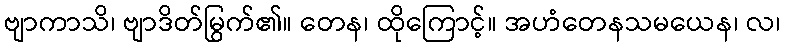
ဗျာကာသိ၊ ဗျာဒိတ်မြွက်၏။ တေန၊ ထိုကြောင့်။ အဟံတေနသမယေန၊ လ၊